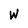
Character: W